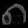
Digit: ၈